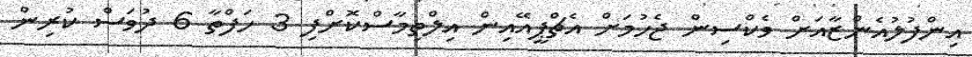
އިންފުލުއެންޒާއަށް ވެކްސިން ޖެހުމަށް އެޗްޕީއޭއިން އިލްތިމާސްކޮށްފި 3 ހަފްތާ 6 ދުވަސް ކުރިން